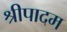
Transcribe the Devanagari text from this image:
श्रीपादम